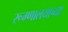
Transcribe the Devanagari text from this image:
रूग्णालयाच्या